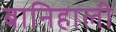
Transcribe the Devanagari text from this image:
बानिहाली